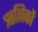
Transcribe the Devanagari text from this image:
ऋत्विकों